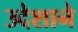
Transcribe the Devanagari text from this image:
उदेशाने